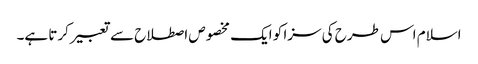
اسلام اس طرح کی سزا کو ایک مخصوص اصطلاح سے تعبیر کرتا ہے۔